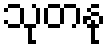
သုတနု